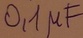
Text: 0,1µF